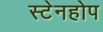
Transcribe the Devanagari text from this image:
स्टेनहोप